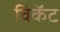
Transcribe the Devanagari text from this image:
विकॅट